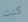
كنت